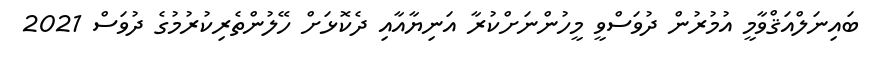
ބައިނަލްއަޤްވާމީ އުމުރުން ދުވަސްވީ މީހުންނަށްކުރާ އަނިޔާއާއި ދެކޮޅަށް ހޭލުންތެރިކުރުމުގެ ދުވަސް 2021